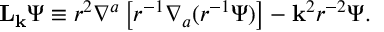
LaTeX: { \bf L } _ { \bf k } \Psi \equiv r ^ { 2 } \nabla ^ { a } \left[ r ^ { - 1 } \nabla _ { a } ( r ^ { - 1 } \Psi ) \right] - { \bf k } ^ { 2 } r ^ { - 2 } \Psi .